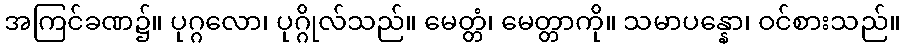
အကြင်ခဏ၌။ ပုဂ္ဂလော၊ ပုဂ္ဂိုလ်သည်။ မေတ္တံ၊ မေတ္တာကို။ သမာပန္နော၊ ဝင်စားသည်။